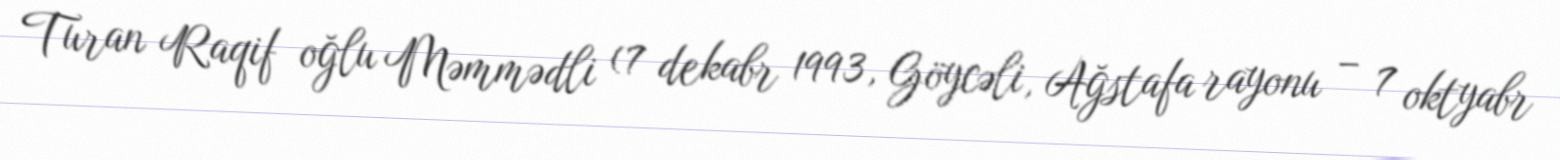
Turan Raqif oğlu Məmmədli (7 dekabr 1993, Göycəli, Ağstafa rayonu – 7 oktyabr